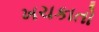
ખચકાતો